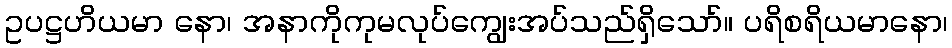
ဥပဋ္ဌဟိယမာ နော၊ အနာကိုကုမလုပ်ကျွေးအပ်သည်ရှိသော်။ ပရိစရိယမာနော၊